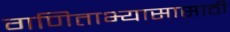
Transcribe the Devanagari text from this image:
गणिताभ्यासासाठी